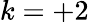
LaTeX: k=+2